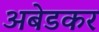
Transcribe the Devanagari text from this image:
अबेडकर